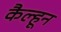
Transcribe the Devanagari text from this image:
कैल्हून